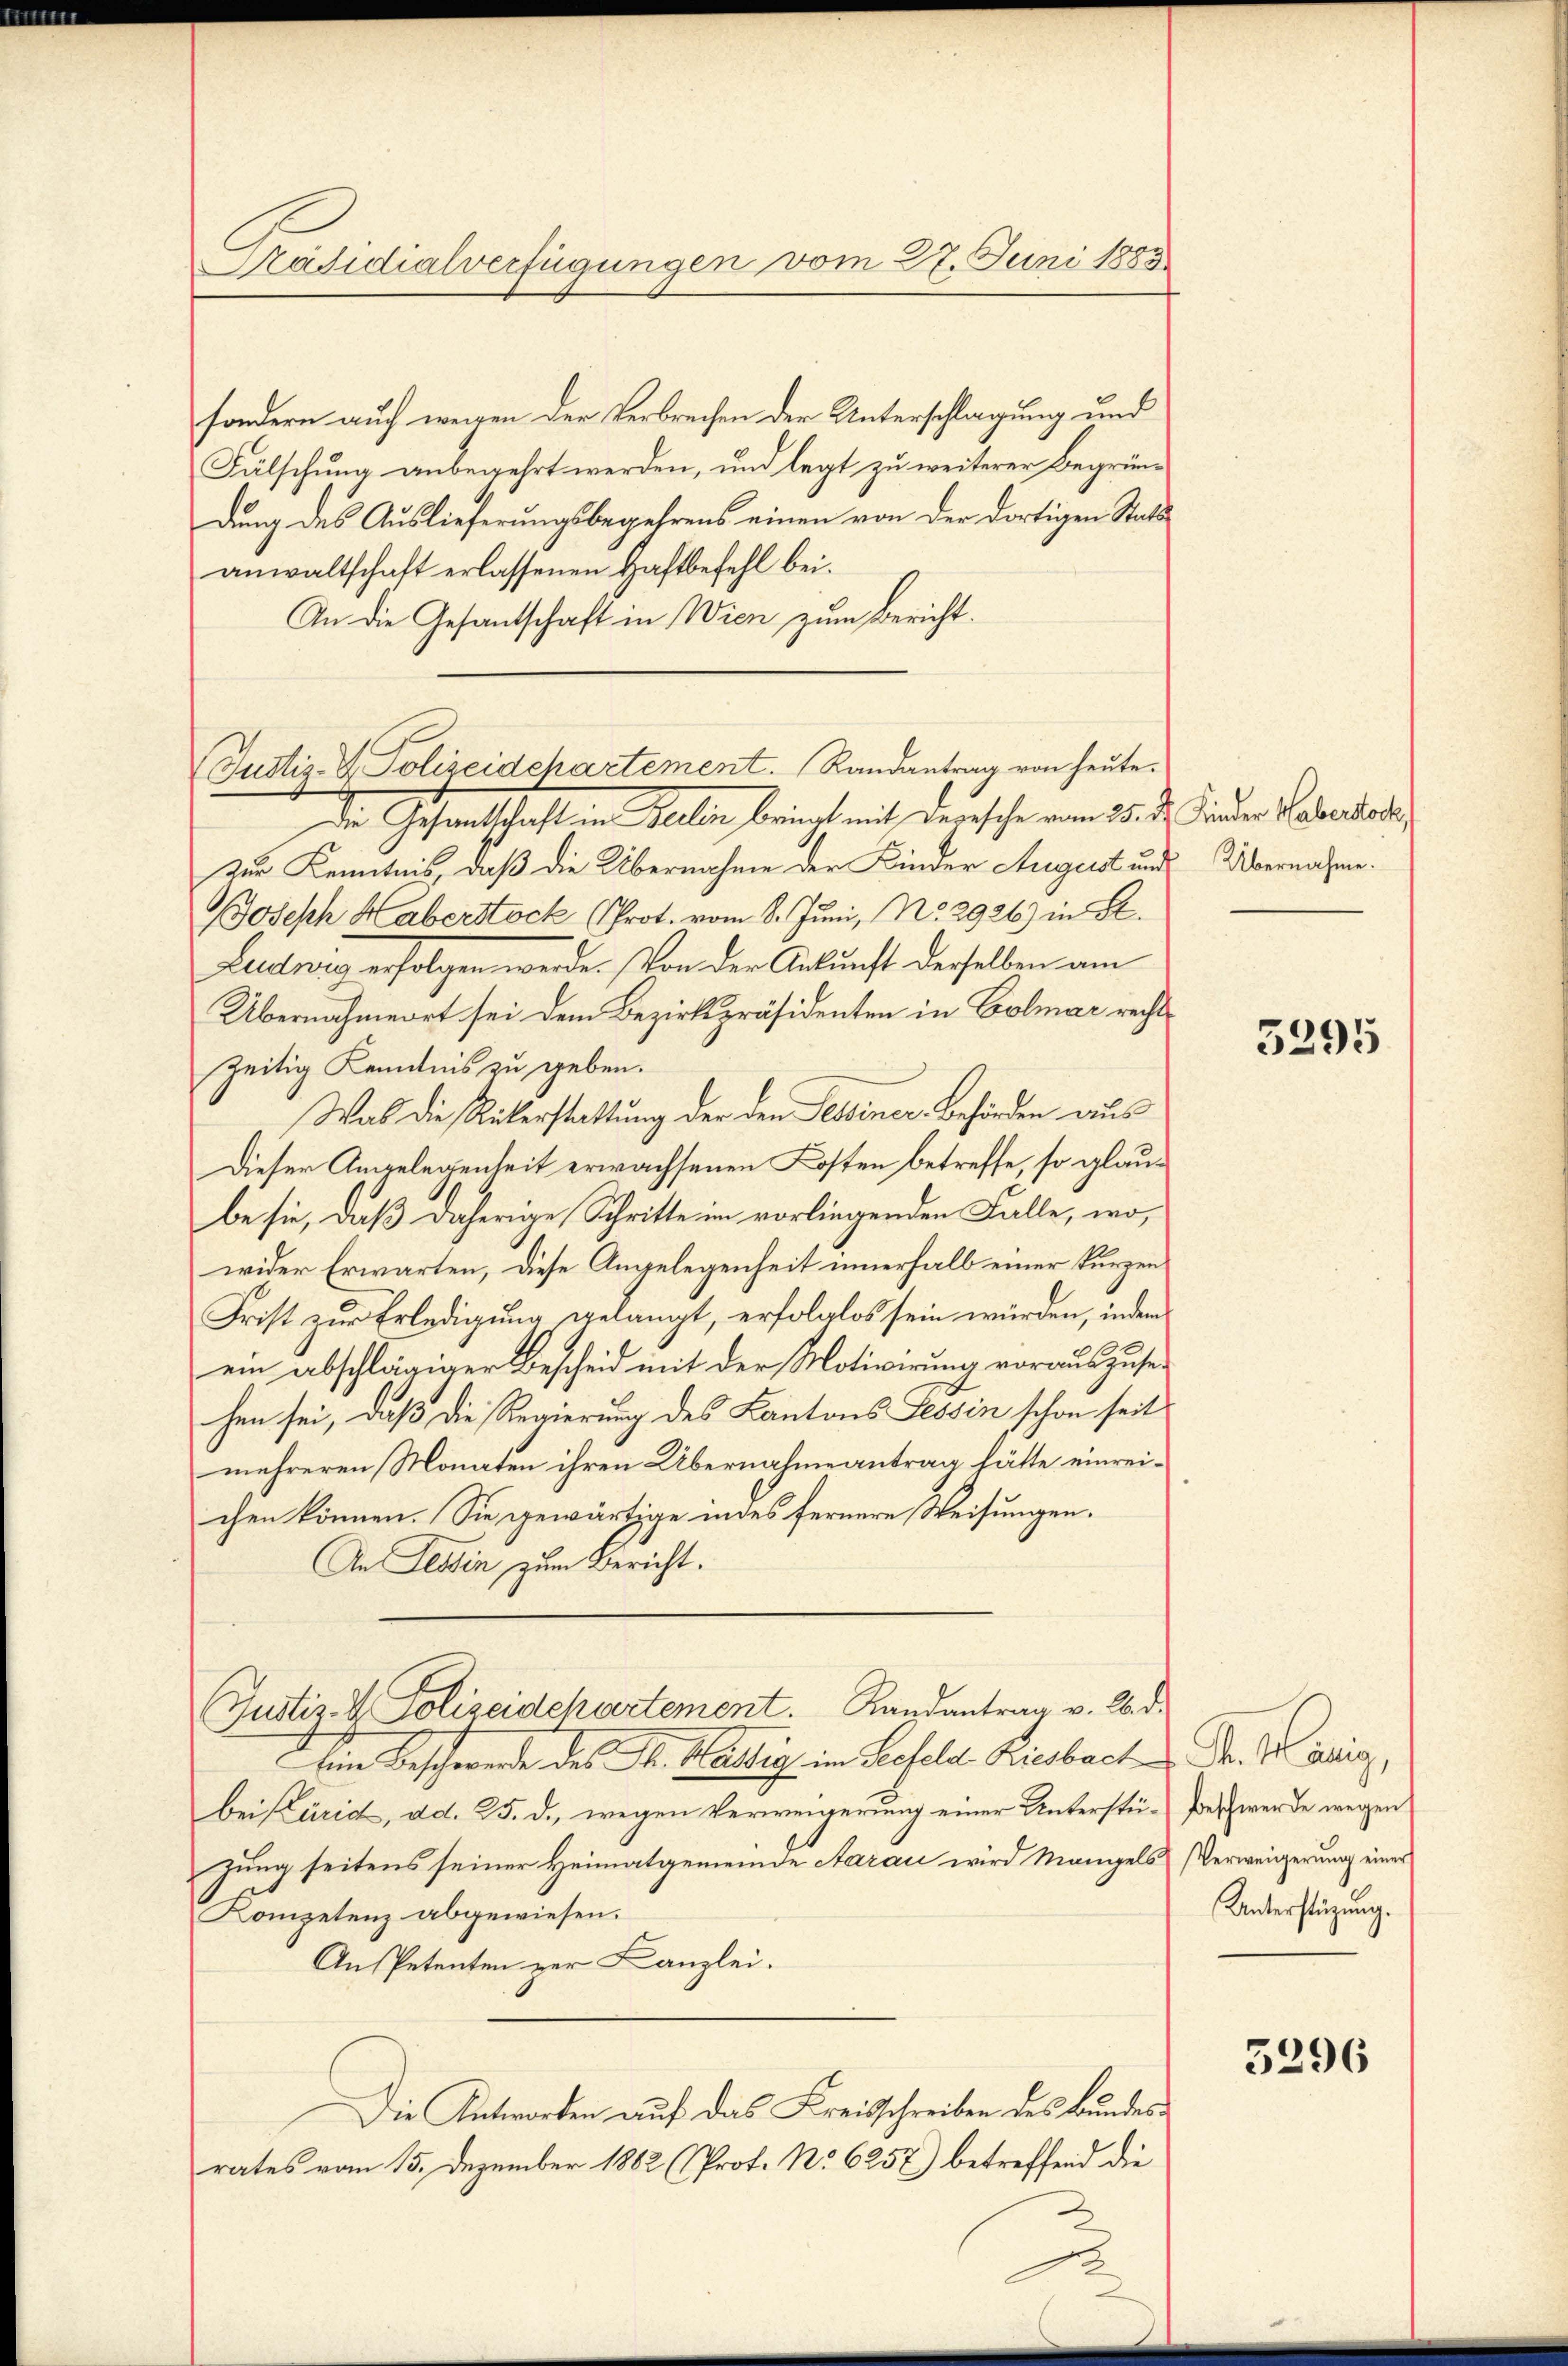
Päsidialverfügungen vom 27. Juni 1883

sondern auf wegen der Verbrechen der Unterschlagung und
Fälschung anbegehrt werden, und legt zu weiterer Begründung des Auslieferungsbegehrens einen von der dortigen Stats
anwaltschaft erlassenen Haftbefehl bei.
An die Gesantschaft in Wien zum Bericht.

Justiz- & Polizeidchartement. Randantrag von heute.

de Gesantschaften Hellen bringt mit der sche am 25. d. inder Verord
Zur Kenntnis, daß die Übernahme der Kinder August und Übernahme.
Joseph Haberstock (Prot. vom 8. Juni, No. 2926) in Se.
Ludwig erfolgen werde. Von der Ankunft derselben am
Übernahmeert sei dem Bezirkspräsidenten in Colmar rechtzeitig Kenntnis zu geben.
Was die Rükerstattung der den Tessiner Behörden aus
Dieser Angelegenheit erwachsenen Kosten betreffe, so glaube sie, daß daherige Schritte im vorliegenden Falle, wowider Erwarten, diese Angelegenheit innerhalb einer kurzen
Frist zur Erledigung gelangt, erfolglos sein würden, indem
ein abschlägiger Bescheid mit der Motivirung vorauszusehen sei, daß die Regierung des Kantons Tessin schon seit
mehreren Monaten ihren Übernahme antrag hätte einreichen können. Sie gewärtige indes fernere Weisungen.
An Tessin zum Bericht.
Justiz- & Polizeidchartement. Randantrag v. 2. d.
Eine Beschwerde des St. Martig im Seefeld Riesbach Dr. Marig,
bei Pärid, ad. 25. d., wegen Verweigerung einer Unterstü-Beschwerde wegen
zung seitens seiner Heimatgemeinde Aarau wird Mangels Verweigerung einer
Kompetenz abgewiesen.
An Petenten zur Kanzlei.
Die Antworten auf das Kreisschreiben des Bundesrates vom 15. Dezember 1882 (Prof. No 6257) betreffend die

5295

Unterstüzung.

5296